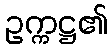
ဥက္ကဋ္ဌ၏